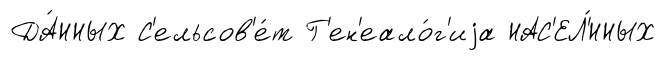
ДА́ННЫХ С'ельсов'е́т Г'ен'еало́г'иjа НАС'ЕЛ'́ННЫХ